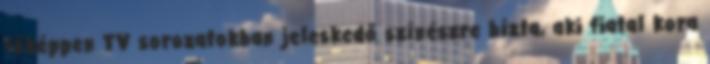
főképpen TV sorozatokban jeleskedő színészre bízta, aki fiatal kora